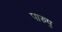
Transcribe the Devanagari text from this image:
पारुपु